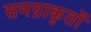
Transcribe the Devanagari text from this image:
समग्राकृतों